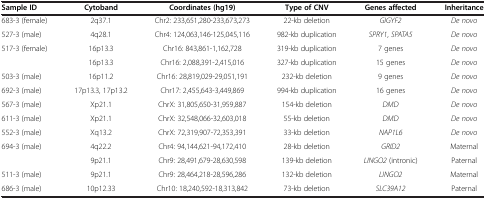
<table><thead><tr><td><b>Sample ID</b></td><td><b>Cytoband</b></td><td><b>Coordinates (hg19)</b></td><td><b>Type of CNV</b></td><td><b>Genes affected</b></td><td><b>Inheritance</b></td></tr></thead><tbody><tr><td>683-3 (female)</td><td>2q37.1</td><td>Chr2: 233,651,280-233,673,273</td><td>22-kb deletion</td><td><i>GIGYF2</i></td><td><i>De novo</i></td></tr><tr><td>527-3 (male)</td><td>4q28.1</td><td>Chr4: 124,063,146-125,045,116</td><td>982-kb duplication</td><td><i>SPRY1</i>, <i>SPATA5</i></td><td><i>De novo</i></td></tr><tr><td rowspan="2">517-3 (female)</td><td>16p13.3</td><td>Chr16: 843,861-1,162,728</td><td>319-kb duplication</td><td>7 genes</td><td><i>De novo</i></td></tr><tr><td>16p13.3</td><td>Chr16: 2,088,391-2,415,016</td><td>327-kb duplication</td><td>15 genes</td><td><i>De novo</i></td></tr><tr><td>503-3 (male)</td><td>16p11.2</td><td>Chr16: 28,819,029-29,051,191</td><td>232-kb deletion</td><td>9 genes</td><td><i>De novo</i></td></tr><tr><td>692-3 (male)</td><td>17p13.3, 17p13.2</td><td>Chr17: 2,455,643-3,449,869</td><td>994-kb duplication</td><td>16 genes</td><td><i>De novo</i></td></tr><tr><td>567-3 (male)</td><td>Xp21.1</td><td>ChrX: 31,805,650-31,959,887</td><td>154-kb deletion</td><td><i>DMD</i></td><td><i>De novo</i></td></tr><tr><td>611-3 (male)</td><td>Xp21.1</td><td>ChrX: 32,548,066-32,603,018</td><td>55-kb deletion</td><td><i>DMD</i></td><td><i>De novo</i></td></tr><tr><td>552-3 (male)</td><td>Xq13.2</td><td>ChrX: 72,319,907-72,353,391</td><td>33-kb deletion</td><td><i>NAP1L6</i></td><td><i>De novo</i></td></tr><tr><td rowspan="2">694-3 (male)</td><td>4q22.2</td><td>Chr4: 94,144,621-94,172,410</td><td>28-kb deletion</td><td><i>GRID2</i></td><td>Maternal</td></tr><tr><td>9p21.1</td><td>Chr9: 28,491,679-28,630,598</td><td>139-kb deletion</td><td><i>LINGO2</i> (intronic)</td><td>Paternal</td></tr><tr><td>511-3 (male)</td><td>9p21.1</td><td>Chr9: 28,464,218-28,596,286</td><td>132-kb deletion</td><td><i>LINGO2</i></td><td>Maternal</td></tr><tr><td>686-3 (male)</td><td>10p12.33</td><td>Chr10: 18,240,592-18,313,842</td><td>73-kb deletion</td><td><i>SLC39A12</i></td><td>Paternal</td></tr></tbody></table>